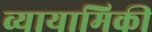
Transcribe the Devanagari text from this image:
व्यायामिकी